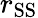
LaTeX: r_{\mathrm{SS}}